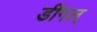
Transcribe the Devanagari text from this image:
डींगल्